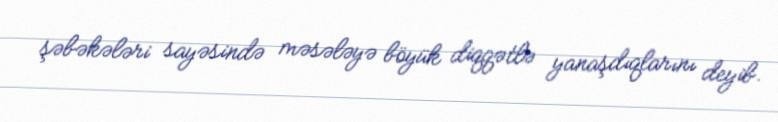
şəbəkələri sayəsində məsələyə böyük diqqətlə yanaşdıqlarını deyib.